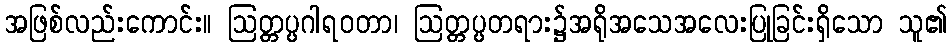
အဖြစ်လည်းကောင်း။ ဩတ္တပ္ပဂါရဝတာ၊ ဩတ္တပ္ပတရား၌အရိုအသေအလေးပြုခြင်းရှိသော သူ၏